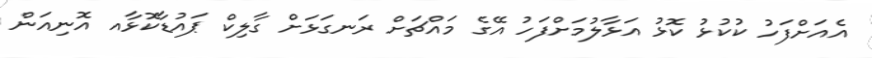
އެއަށްފަހު ކުކުޅު ކޮޅު އަޅާލުމަށްފަހު އޭގެ މައްޗަށް ރަނގަޅަށް ގާލިކް ޕައުޑާކޮޅާއ އޮނިއަން